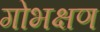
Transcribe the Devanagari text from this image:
गोभक्षण